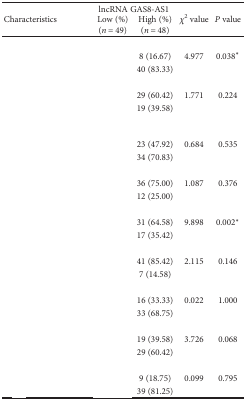
<table><thead><tr><td rowspan="2"><b>Characteristics</b></td><td colspan="2"><b>lncRNA GAS8-AS1</b></td><td rowspan="2"><b><i>χ</i><sup>2</sup> value</b></td><td rowspan="2"><b><i>P</i> value</b></td></tr><tr><td><b>Low (%) (<i>n</i> = 49)</b></td><td><b>High (%) (<i>n</i> = 48)</b></td></tr></thead><tbody><tr><td colspan="5">[EMPTY_CELL]</td></tr><tr><td>[EMPTY_CELL]</td><td>[EMPTY_CELL]</td><td>8 (16.67)</td><td>4.977</td><td>0.038<sup>∗</sup></td></tr><tr><td>[EMPTY_CELL]</td><td>[EMPTY_CELL]</td><td>40 (83.33)</td><td>[EMPTY_CELL]</td><td>[EMPTY_CELL]</td></tr><tr><td>[EMPTY_CELL]</td><td>[EMPTY_CELL]</td><td>[EMPTY_CELL]</td><td>[EMPTY_CELL]</td><td>[EMPTY_CELL]</td></tr><tr><td>[EMPTY_CELL]</td><td>[EMPTY_CELL]</td><td>29 (60.42)</td><td>1.771</td><td>0.224</td></tr><tr><td>[EMPTY_CELL]</td><td>[EMPTY_CELL]</td><td>19 (39.58)</td><td>[EMPTY_CELL]</td><td>[EMPTY_CELL]</td></tr><tr><td>[EMPTY_CELL]</td><td>[EMPTY_CELL]</td><td>[EMPTY_CELL]</td><td>[EMPTY_CELL]</td><td>[EMPTY_CELL]</td></tr><tr><td>[EMPTY_CELL]</td><td>[EMPTY_CELL]</td><td>23 (47.92)</td><td>0.684</td><td>0.535</td></tr><tr><td>[EMPTY_CELL]</td><td>[EMPTY_CELL]</td><td>34 (70.83)</td><td>[EMPTY_CELL]</td><td>[EMPTY_CELL]</td></tr><tr><td>[EMPTY_CELL]</td><td>[EMPTY_CELL]</td><td>[EMPTY_CELL]</td><td>[EMPTY_CELL]</td><td>[EMPTY_CELL]</td></tr><tr><td>[EMPTY_CELL]</td><td>[EMPTY_CELL]</td><td>36 (75.00)</td><td>1.087</td><td>0.376</td></tr><tr><td>[EMPTY_CELL]</td><td>[EMPTY_CELL]</td><td>12 (25.00)</td><td>[EMPTY_CELL]</td><td>[EMPTY_CELL]</td></tr><tr><td>[EMPTY_CELL]</td><td>[EMPTY_CELL]</td><td>[EMPTY_CELL]</td><td>[EMPTY_CELL]</td><td>[EMPTY_CELL]</td></tr><tr><td>[EMPTY_CELL]</td><td>[EMPTY_CELL]</td><td>31 (64.58)</td><td>9.898</td><td>0.002<sup>∗</sup></td></tr><tr><td>[EMPTY_CELL]</td><td>[EMPTY_CELL]</td><td>17 (35.42)</td><td>[EMPTY_CELL]</td><td>[EMPTY_CELL]</td></tr><tr><td>[EMPTY_CELL]</td><td>[EMPTY_CELL]</td><td>[EMPTY_CELL]</td><td>[EMPTY_CELL]</td><td>[EMPTY_CELL]</td></tr><tr><td>[EMPTY_CELL]</td><td>[EMPTY_CELL]</td><td>41 (85.42)</td><td>2.115</td><td>0.146</td></tr><tr><td>[EMPTY_CELL]</td><td>[EMPTY_CELL]</td><td>7 (14.58)</td><td>[EMPTY_CELL]</td><td>[EMPTY_CELL]</td></tr><tr><td>[EMPTY_CELL]</td><td>[EMPTY_CELL]</td><td>[EMPTY_CELL]</td><td>[EMPTY_CELL]</td><td>[EMPTY_CELL]</td></tr><tr><td>[EMPTY_CELL]</td><td>[EMPTY_CELL]</td><td>16 (33.33)</td><td>0.022</td><td>1.000</td></tr><tr><td>[EMPTY_CELL]</td><td>[EMPTY_CELL]</td><td>33 (68.75)</td><td>[EMPTY_CELL]</td><td>[EMPTY_CELL]</td></tr><tr><td>[EMPTY_CELL]</td><td>[EMPTY_CELL]</td><td>[EMPTY_CELL]</td><td>[EMPTY_CELL]</td><td>[EMPTY_CELL]</td></tr><tr><td>[EMPTY_CELL]</td><td>[EMPTY_CELL]</td><td>19 (39.58)</td><td>3.726</td><td>0.068</td></tr><tr><td>[EMPTY_CELL]</td><td>[EMPTY_CELL]</td><td>29 (60.42)</td><td>[EMPTY_CELL]</td><td>[EMPTY_CELL]</td></tr><tr><td>[EMPTY_CELL]</td><td>[EMPTY_CELL]</td><td>[EMPTY_CELL]</td><td>[EMPTY_CELL]</td><td>[EMPTY_CELL]</td></tr><tr><td>[EMPTY_CELL]</td><td>[EMPTY_CELL]</td><td>9 (18.75)</td><td>0.099</td><td>0.795</td></tr><tr><td>[EMPTY_CELL]</td><td>[EMPTY_CELL]</td><td>39 (81.25)</td><td>[EMPTY_CELL]</td><td>[EMPTY_CELL]</td></tr></tbody></table>